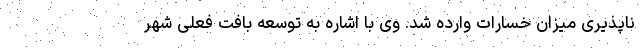
ناپذیری میزان خسارات وارده شد. وی با اشاره به توسعه بافت فعلی شهر